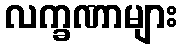
လက္ခဏာများ